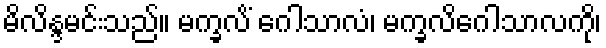
မိလိန္ဒမင်းသည်။ မက္ခလိံ ဂေါသာလံ၊ မက္ခလိဂေါသာလကို၊